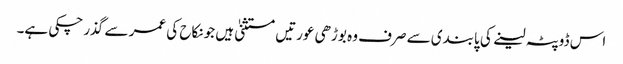
اس ڈوپٹہ لینے کی پابندی سے صرف وہ بوڑھی عورتیں مستثنیٰ ہیں جو نکاح کی عمر سے گذر چکی ہے۔